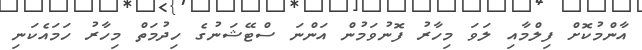
އާންމުކޮށް ފިލްމާއި ލަވަ މިހާރު ފޮނުވަމުން އަންނަ ސްޓޭޝަނުގެ ހިދުމަތް މިހާރު ހަމައެކަނި